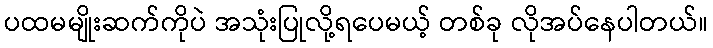
ပထမမျိုးဆက်ကိုပဲ အသုံးပြုလို့ရပေမယ့် တစ်ခု လိုအပ်နေပါတယ်။